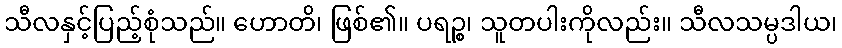
သီလနှင့်ပြည့်စုံသည်။ ဟောတိ၊ ဖြစ်၏။ ပရဉ္စ၊ သူတပါးကိုလည်း။ သီလသမ္ပဒါယ၊